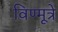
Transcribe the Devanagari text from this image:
विण्मूत्रे